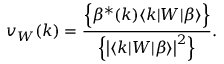
v _ { W } ( k ) = \frac { \Big \{ \beta ^ { * } ( k ) \langle k | W | \beta \rangle \Big \} } { \Big \{ \big | \langle k | W | \beta \rangle \big | ^ { 2 } \Big \} } .